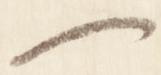
一